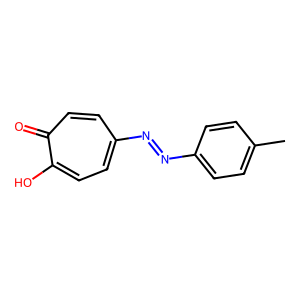
SMILES: Cc1ccc(N=Nc2ccc(O)c(=O)cc2)cc1
Inhibits HIV replication: No